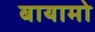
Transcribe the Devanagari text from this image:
बायामो